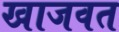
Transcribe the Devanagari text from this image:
खाजवत